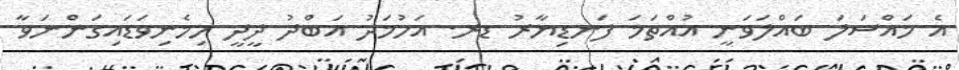
އެ މައްސަލަ ބައްލަވަނީ އުއްތަމަ ފަނޑިޔާރު ޑރ. އަހުމަދު އަބްދު ދީދީ ހިމެނިވަޑައިގަންނަވާ